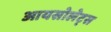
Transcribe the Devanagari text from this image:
आयसोलेट्स